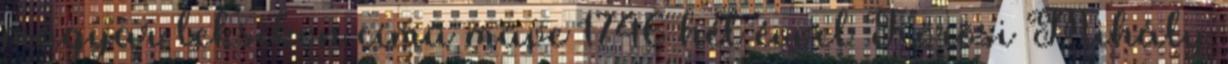
magyar leksikon című műve 1746 hét évvel Kőrösi Mihály